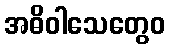
အဓိဝါသေတွေဝ